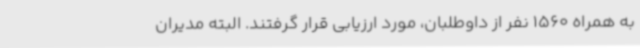
به همراه 1560 نفر از داوطلبان، مورد ارزیابی قرار گرفتند. البته مدیران